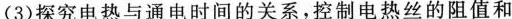
(3)探究电热与通电时间的关系，控制电热丝的阻值和